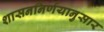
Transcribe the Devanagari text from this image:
शासननिर्णयानुसार